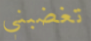
تغضبني